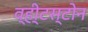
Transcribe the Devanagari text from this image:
व्ही्टस्टोन